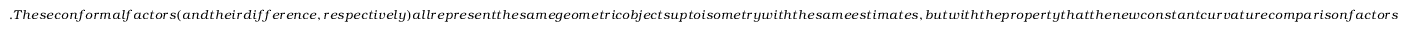
. T h e s e c o n f o r m a l f a c t o r s ( a n d t h e i r d i f f e r e n c e , r e s p e c t i v e l y ) a l l r e p r e s e n t t h e s a m e g e o m e t r i c o b j e c t s u p t o i s o m e t r y w i t h t h e s a m e e s t i m a t e s , b u t w i t h t h e p r o p e r t y t h a t t h e n e w c o n s t a n t c u r v a t u r e c o m p a r i s o n f a c t o r s